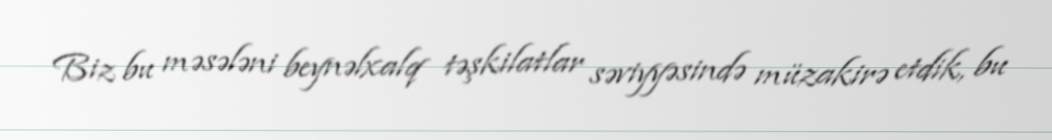
Biz bu məsələni beynəlxalq təşkilatlar səviyyəsində müzakirə etdik, bu